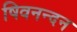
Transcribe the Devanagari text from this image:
षिवनन्दन